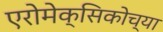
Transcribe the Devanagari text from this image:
एरोमेक्सिकोच्या